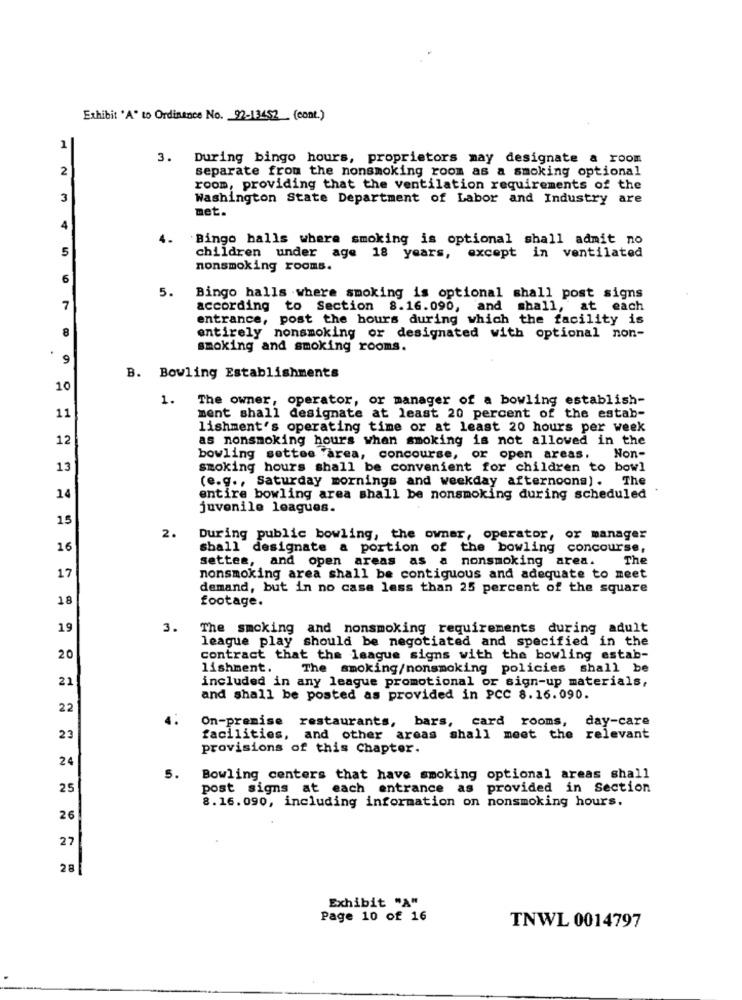
Exhibit 'A' to Ordinance No. 92-13452 (cont.)
1
3. During bingo hours, proprietors may designate a room
2
separate from the nonsmoking room as a smoking optional
room, providing that the ventilation requirements of the
3
Washington State Department of Labor and Industry are
met.
4
4.
Bingo balls where smoking is optional shall admit no
5
children under age 18 years, except in ventilated
nonsmoking rooms.
6
5.
Bingo halls where smoking is optional shall post signs
7
according to Section 8.16.090, and shall, at each
entrance, post the hours during which the facility is
8
entirely nonsmoking or designated with optional non-
smoking and smoking rooms.
9
B. Bowling Establishments
10
1.
The owner, operator, or manager of a bowling establish-
11
ment shall designate at least 20 percent of the estab-
lishment's operating time or at least 20 hours per week
12
as nonsmoking hours when smoking is not allowed in the
bowling settes area, concourse, or open areas,
Non-
13
smoking hours shall be convenient for children to bowl
(e.g ., Saturday mornings and weekday afternoons). The
14
entire bowling area shall be nonsmoking during scheduled
juvenile leagues.
15
2.
During public bowling, the owner, operator, or manager
16
shall designate a portion of the bowling concourse,
settes, and open areas as a nonsmoking area.
The
17
nonsmoking area shall be contiguous and adequate to meet
demand, but in no case less than 25 percent of the square
18
footage.
19
3.
The smoking and nonsmoking requirements during adult
league play should be negotiated and specified in the
20
contract that the league signs with the bowling estab-
lishment.
The smoking/nonsmoking policies shall be
21
included in any league promotional or sign-up materials,
and shall be posted as provided in PCC 8.16.090.
22
On-premise restaurants, bars, card rooms, day-care
23
facilities, and other areas shall meet the relevant
provisions of this Chapter.
24
5.
Bowling centers that have smoking optional areas shall
25
post signs at each entrance as provided in Section
8.16.090, including information on nonsmoking hours.
26
27
28
Exhibit "A"
Page 10 of 16
TNWL 0014797